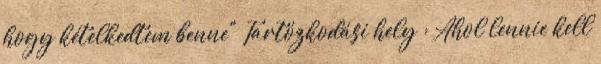
hogy kételkedtem benne" Tartózkodási hely : Ahol lennie kell